Annual returns of the Patna Lunatic Asylum at Bankipore in Bihar and Orissa - 1912-1924
Year: 1912
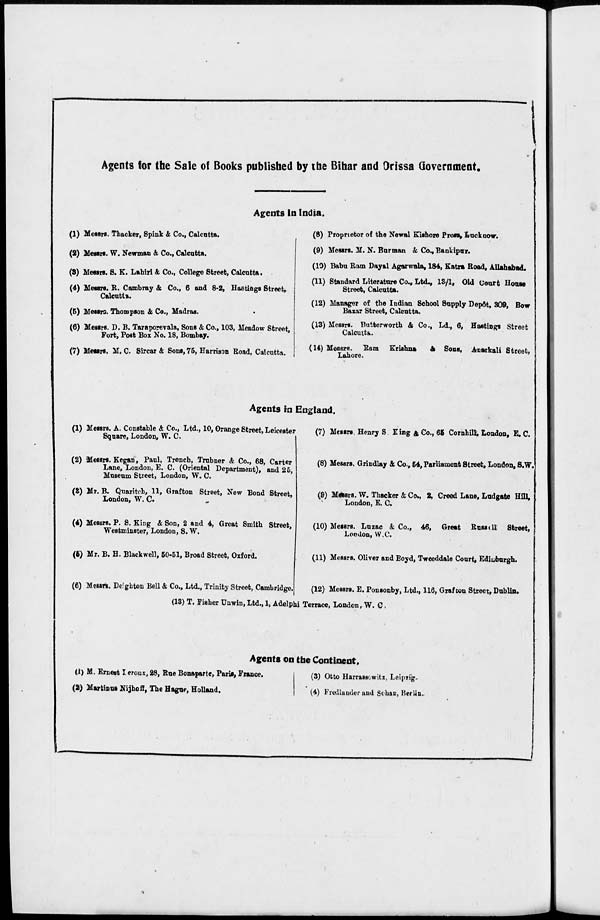
Agents for the Sale of Books published by the Bihar and Orissa Government.
Agents in India.
(1) Messrs. Thacker, Spink & Co., Calcutta.
(2) Messrs. W. Newman & Co., Calcutta.
(3) Messrs. S. K. Lahiri & Co., College Street, Calcutta.
(4) Messrs. R. Cambray & Co., 6 and 8-2, Hastings Street,
Calcutta.
(5) Messrs. Thompson & Co., Madras.
(6) Messrs. D. B. Taraporevala, Sons & Co., 103, Meadow Street,
Fort, Post Box No. 18, Bombay.
(7) Messrs. M. C. Sircar & Sons, 75, Harrison Road, Calcutta.
(8) Proprietor of the Newal Kishore Press, Lucknow.
(9) Messrs. M. N. Burman & Co., Bankipur.
(10) Babu Ram Dayal Agarwala, 184, Katra Road, Allahabad.
(11) Standard Literature Co., Ltd., 13/1, Old Court House
Street, Calcutta.
(12) Manager of the Indian School Supply Depôt, 309, Bow
Bazar Street, Calcutta.
(13) Messrs. Butterworth & Co., Ld., 6, Hastings Street
Calcutta.
(14) Messrs. Ram Krishna
& Sons, Anarkali Street,
Lahore.
Agents in England.
(1) Messrs. A. Constable &. Co., Ltd., 10, Orange Street, Leicester
Square, London, W. C.
(2) Messrs. Kegan, Paul, Trench, Trubner & Co., 68, Carter
Lane, London, E. C. (Oriental Department), and 26,
Museum Street, London, W. C.
(3) Mr. B. Quaritch, 11, Grafton Street, New Bond Street,
London, W. C.
(4) Messrs. P. S. King & Son, 2 and 4, Great Smith Street,
Westminster, London, S. W.
(5) Mr. B. H. Blackwell, 50-51, Broad Street, Oxford.
(6) Messrs. Deighton Bell & Co., Ltd., Trinity Street, Cambridge.
(7) Messrs. Henry S. King & Co., 65 Cornhill, London, E. C.
(8) Messrs. Grindlay & Co., 54, Parliament Street, London, S.W.
(9) Messrs. W. Thacker & Co., 2, Creed Lane, Ludgate Hill,
London, E. C.
(10) Messrs. Luzac & Co., 46, Great Russell Street,
London, W.C.
(11) Messrs. Oliver and Boyd, Tweeddale Court, Edinburgh.
(12) Messrs. E. Ponsonby, Ltd., 116, Grafton Street, Dublin.
(18) T. Fisher Unwin, Ltd., 1, Adelphi Terrace, London, W. C.
Agents on the Continent.
(1) M. Ernest Leroux, 28, Rue Bonaparte, Paris, France.
(2) Martinus Nijhoff, The Hague, Holland.
(3) Otto Harrassowitz, Leipzig.
(4) Fredlander and Sohan, Berlin.